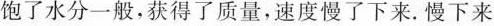
饱了水分一般，获得了质量，速度慢了下来。慢下来